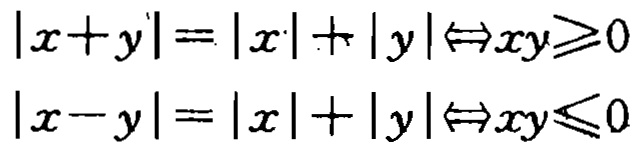
\[
\begin{align*}
|x + y|=|x|+|y|&\Leftrightarrow xy\geq0\\
|x - y|=|x|+|y|&\Leftrightarrow xy\leq0
\end{align*}
\]